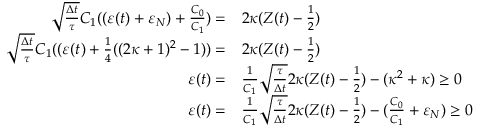
\begin{array} { r l } { \sqrt { \frac { \Delta t } { \tau } } C _ { 1 } ( ( \varepsilon ( t ) + \varepsilon _ { N } ) + \frac { C _ { 0 } } { C _ { 1 } } ) = } & { { } 2 \kappa ( Z ( t ) - \frac { 1 } { 2 } ) } \\ { \sqrt { \frac { \Delta t } { \tau } } C _ { 1 } ( ( \varepsilon ( t ) + \frac { 1 } { 4 } ( ( 2 \kappa + 1 ) ^ { 2 } - 1 ) ) = } & { { } 2 \kappa ( Z ( t ) - \frac { 1 } { 2 } ) } \\ { \varepsilon ( t ) = } & { { } \frac { 1 } { C _ { 1 } } \sqrt { \frac { \tau } { \Delta t } } 2 \kappa ( Z ( t ) - \frac { 1 } { 2 } ) - ( \kappa ^ { 2 } + \kappa ) \ge 0 } \\ { \varepsilon ( t ) = } & { { } \frac { 1 } { C _ { 1 } } \sqrt { \frac { \tau } { \Delta t } } 2 \kappa ( Z ( t ) - \frac { 1 } { 2 } ) - ( \frac { C _ { 0 } } { C _ { 1 } } + \varepsilon _ { N } ) \ge 0 } \end{array}